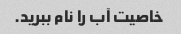
خاصیت آب را نام ببرید.